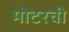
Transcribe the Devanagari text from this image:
मोटरची